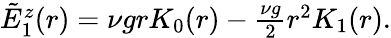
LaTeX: \begin{array}{r}{\tilde{E}_{1}^{z}(r)=\nu grK_{0}(r)-\frac{\nu g}{2}r^{2}K_{1}(r).}\end{array}